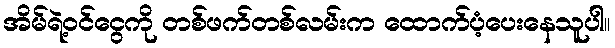
အိမ်ရဲ့ဝင်ငွေကို တစ်ဖက်တစ်လမ်းက ထောက်ပံ့ပေးနေသူပါ။